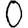
Digit: 0